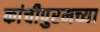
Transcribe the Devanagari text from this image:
कांचीपुरमच्या